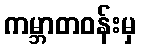
ကမ္ဘာတဝန်းမှ